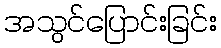
အသွင်ပြောင်းခြင်း